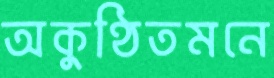
অকুণ্ঠিতমনে